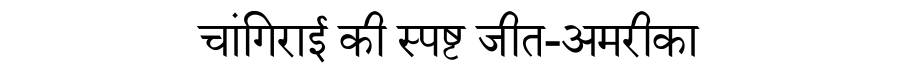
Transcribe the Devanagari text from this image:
चांगिराई की स्पष्ट जीत-अमरीका